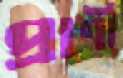
প্রার্ণী